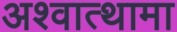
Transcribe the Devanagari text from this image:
अश्वात्थामा